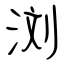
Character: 浏